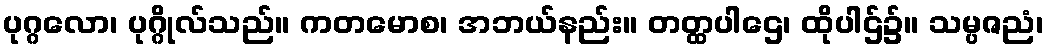
ပုဂ္ဂလော၊ ပုဂ္ဂိုလ်သည်။ ကတမောစ၊ အဘယ်နည်း။ တတ္ထပါဌေ၊ ထိုပါဌ်၌။ သမ္ပဇညံ၊